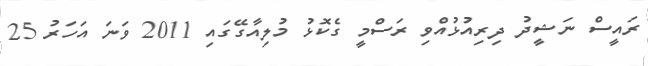
ރައީސް ނަޝީދު ދިރިއުޅުއްވި ރަސްމީ ގެކޮޅު މުލިއާގޭގައި 2011 ވަނަ އަހަރު 25